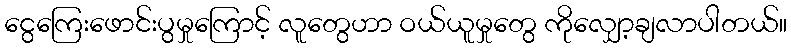
ငွေကြေးဖောင်းပွမှုကြောင့် လူတွေဟာ ဝယ်ယူမှုတွေ ကိုလျှော့ချလာပါတယ်။